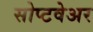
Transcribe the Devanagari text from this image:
सोप्टवेअर